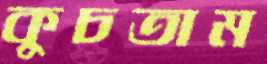
কুচতাম